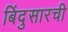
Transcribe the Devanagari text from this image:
बिंदुसारची